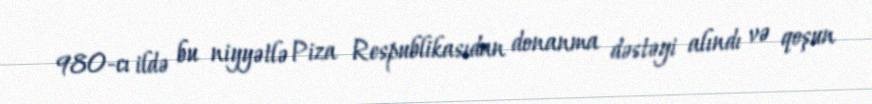
980-cı ildə bu niyyətlə Piza Respublikasıdan donanma dəstəyi alındı və qoşun